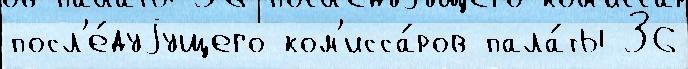
посл'е́дуjущего ком'исса́ров пала́ты 36